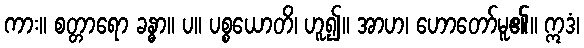
ကား။ စတ္တာရော ခန္ဓာ။ ပ။ ပစ္စယောတိ၊ ဟူ၍။ အာဟ၊ ဟောတော်မူ၏။ ဣဒံ၊